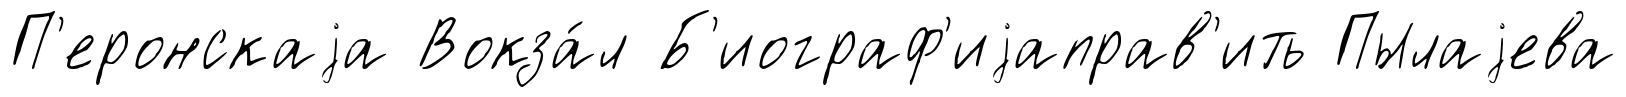
П'еронскаjа Вокза́л Б'иограф'иjаправ'ить Пылаjева